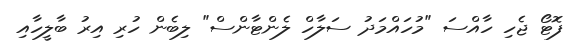
ފޮޓޯ ޖެހި ހާއްސަ "މުހައްމަދު ސަލާހް ލެންޓާންސް" ލިބެން ހުރި އިރު ބާލީހާއި